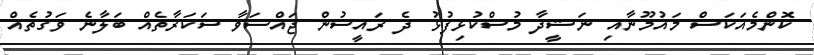
ކޮންމެއަކަސް މައުމޫނާއި ނަޝީދާ މުސްކުޅިފުޅު ދެ ރައީސުން ޖައްސަވާ ސަކަރާތެއް ބަލާނެ ވަގުތެއް